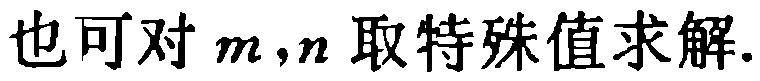
也可对 \(m,n\) 取特殊值求解.